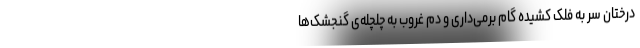
درختان سر به فلک کشیده گام برمی‌داری و دم غروب به چلچله‌ی گنجشک‌ها